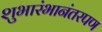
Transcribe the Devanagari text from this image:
शुभारंभानंतरपण